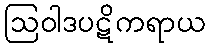
ဩဝါဒပဋိကရာယ